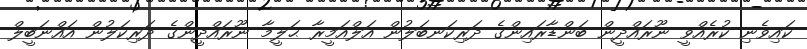
ކައިވެނި ކުރެއްވީ ނޫރައްދީން ބަންޑާރައިންގެ ދަރިކަނބަލުން އަލްއަމީރާ ޙަލީމާ ނޫރައްދީންގެ ދަރިކަލުން އައްނަބީލް